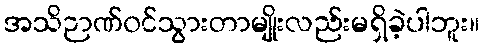
အသိဉာဏ်၀င်သွားတာမျိုးလည်းမရှိခဲ့ပါဘူး။